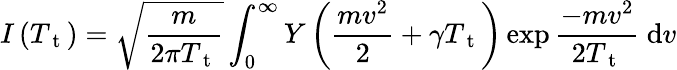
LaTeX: I\left(T_{\mathrm{~t~}}\right)=\sqrt{\frac{m}{2\pi T_{\mathrm{~t~}}}}\int_{0}^{\infty}Y\left(\frac{mv^{2}}{2}+\gamma T_{\mathrm{~t~}}\right)\exp\frac{-mv^{2}}{2T_{\mathrm{~t~}}}\mathrm{~d}v